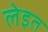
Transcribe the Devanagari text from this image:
लेइत